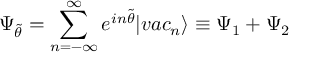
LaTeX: \Psi _ { \tilde { \theta } } = \sum _ { n = - \infty } ^ { \infty } e ^ { i n \tilde { \theta } } | v a c _ { n } \rangle \equiv \Psi _ { 1 } + \Psi _ { 2 }